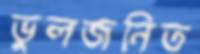
ভুলজনিত